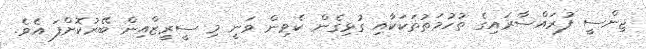
ޖިންސީ ފުރައްސާރައިގެ ތުހުމަތުތަކަކާއި ގުޅިގެން ކެވިން ވަނީ މި ސީރީޒްއިން ބޭރުކޮށްފަ އެވެ.